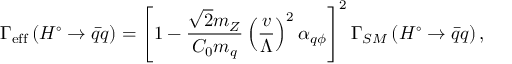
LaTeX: \Gamma _ { \mathrm { { e f f } } } \left( H ^ { \circ } \rightarrow \bar { q } q \right) = \left[ 1 - \frac { \sqrt { 2 } m _ { Z } } { C _ { 0 } m _ { q } } \left( \frac v \Lambda \right) ^ { 2 } \alpha _ { q \phi } \right] ^ { 2 } \Gamma _ { S M } \left( H ^ { \circ } \rightarrow \bar { q } q \right) ,